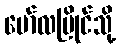
မော်လမြိုင်သို့